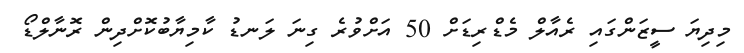
މިދިޔަ ސީޒަންގައި ރެއާލް މެޑްރިޑަށް 50 އަށްވުރެ ގިނަ ލަނޑު ކާމިޔާބުކޮށްދިން ރޮނާލްޑޯ